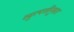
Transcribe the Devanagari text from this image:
व्युत्पत्तींनुसार